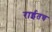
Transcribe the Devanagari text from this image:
राईतच